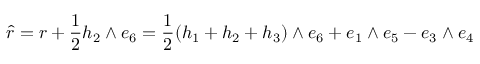
\hat { r } = r + \frac { 1 } { 2 } h _ { 2 } \wedge e _ { 6 } = \frac { 1 } { 2 } ( h _ { 1 } + h _ { 2 } + h _ { 3 } ) \wedge e _ { 6 } + e _ { 1 } \wedge e _ { 5 } - e _ { 3 } \wedge e _ { 4 }